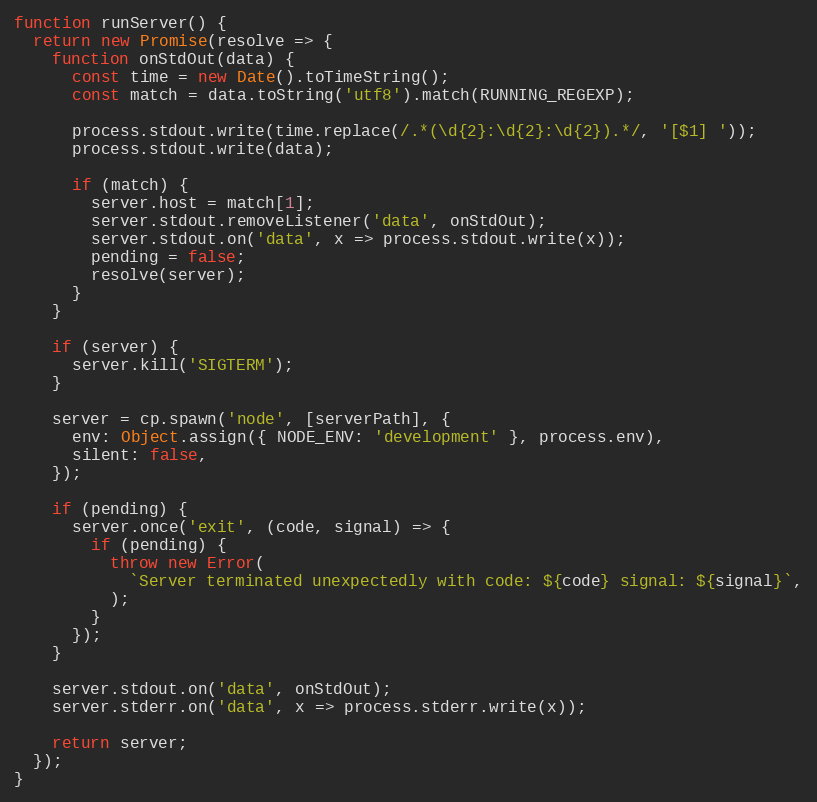
Language: JavaScript
function runServer() {
  return new Promise(resolve => {
    function onStdOut(data) {
      const time = new Date().toTimeString();
      const match = data.toString('utf8').match(RUNNING_REGEXP);

      process.stdout.write(time.replace(/.*(\d{2}:\d{2}:\d{2}).*/, '[$1] '));
      process.stdout.write(data);

      if (match) {
        server.host = match[1];
        server.stdout.removeListener('data', onStdOut);
        server.stdout.on('data', x => process.stdout.write(x));
        pending = false;
        resolve(server);
      }
    }

    if (server) {
      server.kill('SIGTERM');
    }

    server = cp.spawn('node', [serverPath], {
      env: Object.assign({ NODE_ENV: 'development' }, process.env),
      silent: false,
    });

    if (pending) {
      server.once('exit', (code, signal) => {
        if (pending) {
          throw new Error(
            `Server terminated unexpectedly with code: ${code} signal: ${signal}`,
          );
        }
      });
    }

    server.stdout.on('data', onStdOut);
    server.stderr.on('data', x => process.stderr.write(x));

    return server;
  });
}